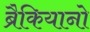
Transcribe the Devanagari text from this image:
ब्रैकियानो